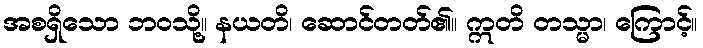
အစရှိသော ဘဝသို့။ နယတိ၊ ဆောင်တတ်၏။ ဣတိ တသ္မာ၊ ကြောင့်။